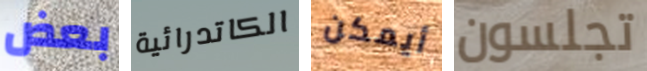
بعض الكاتدرائية أيمكن تجلسون